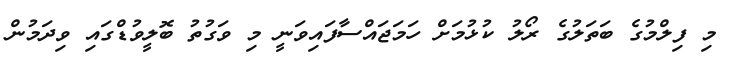
މި ފިލްމުގެ ބަތަލުގެ ރޯލު ކުޅުމަށް ހަމަޖައްސާފައިވަނީ މި ވަގުތު ބޮލީވުޑްގައި ވިދަމުން